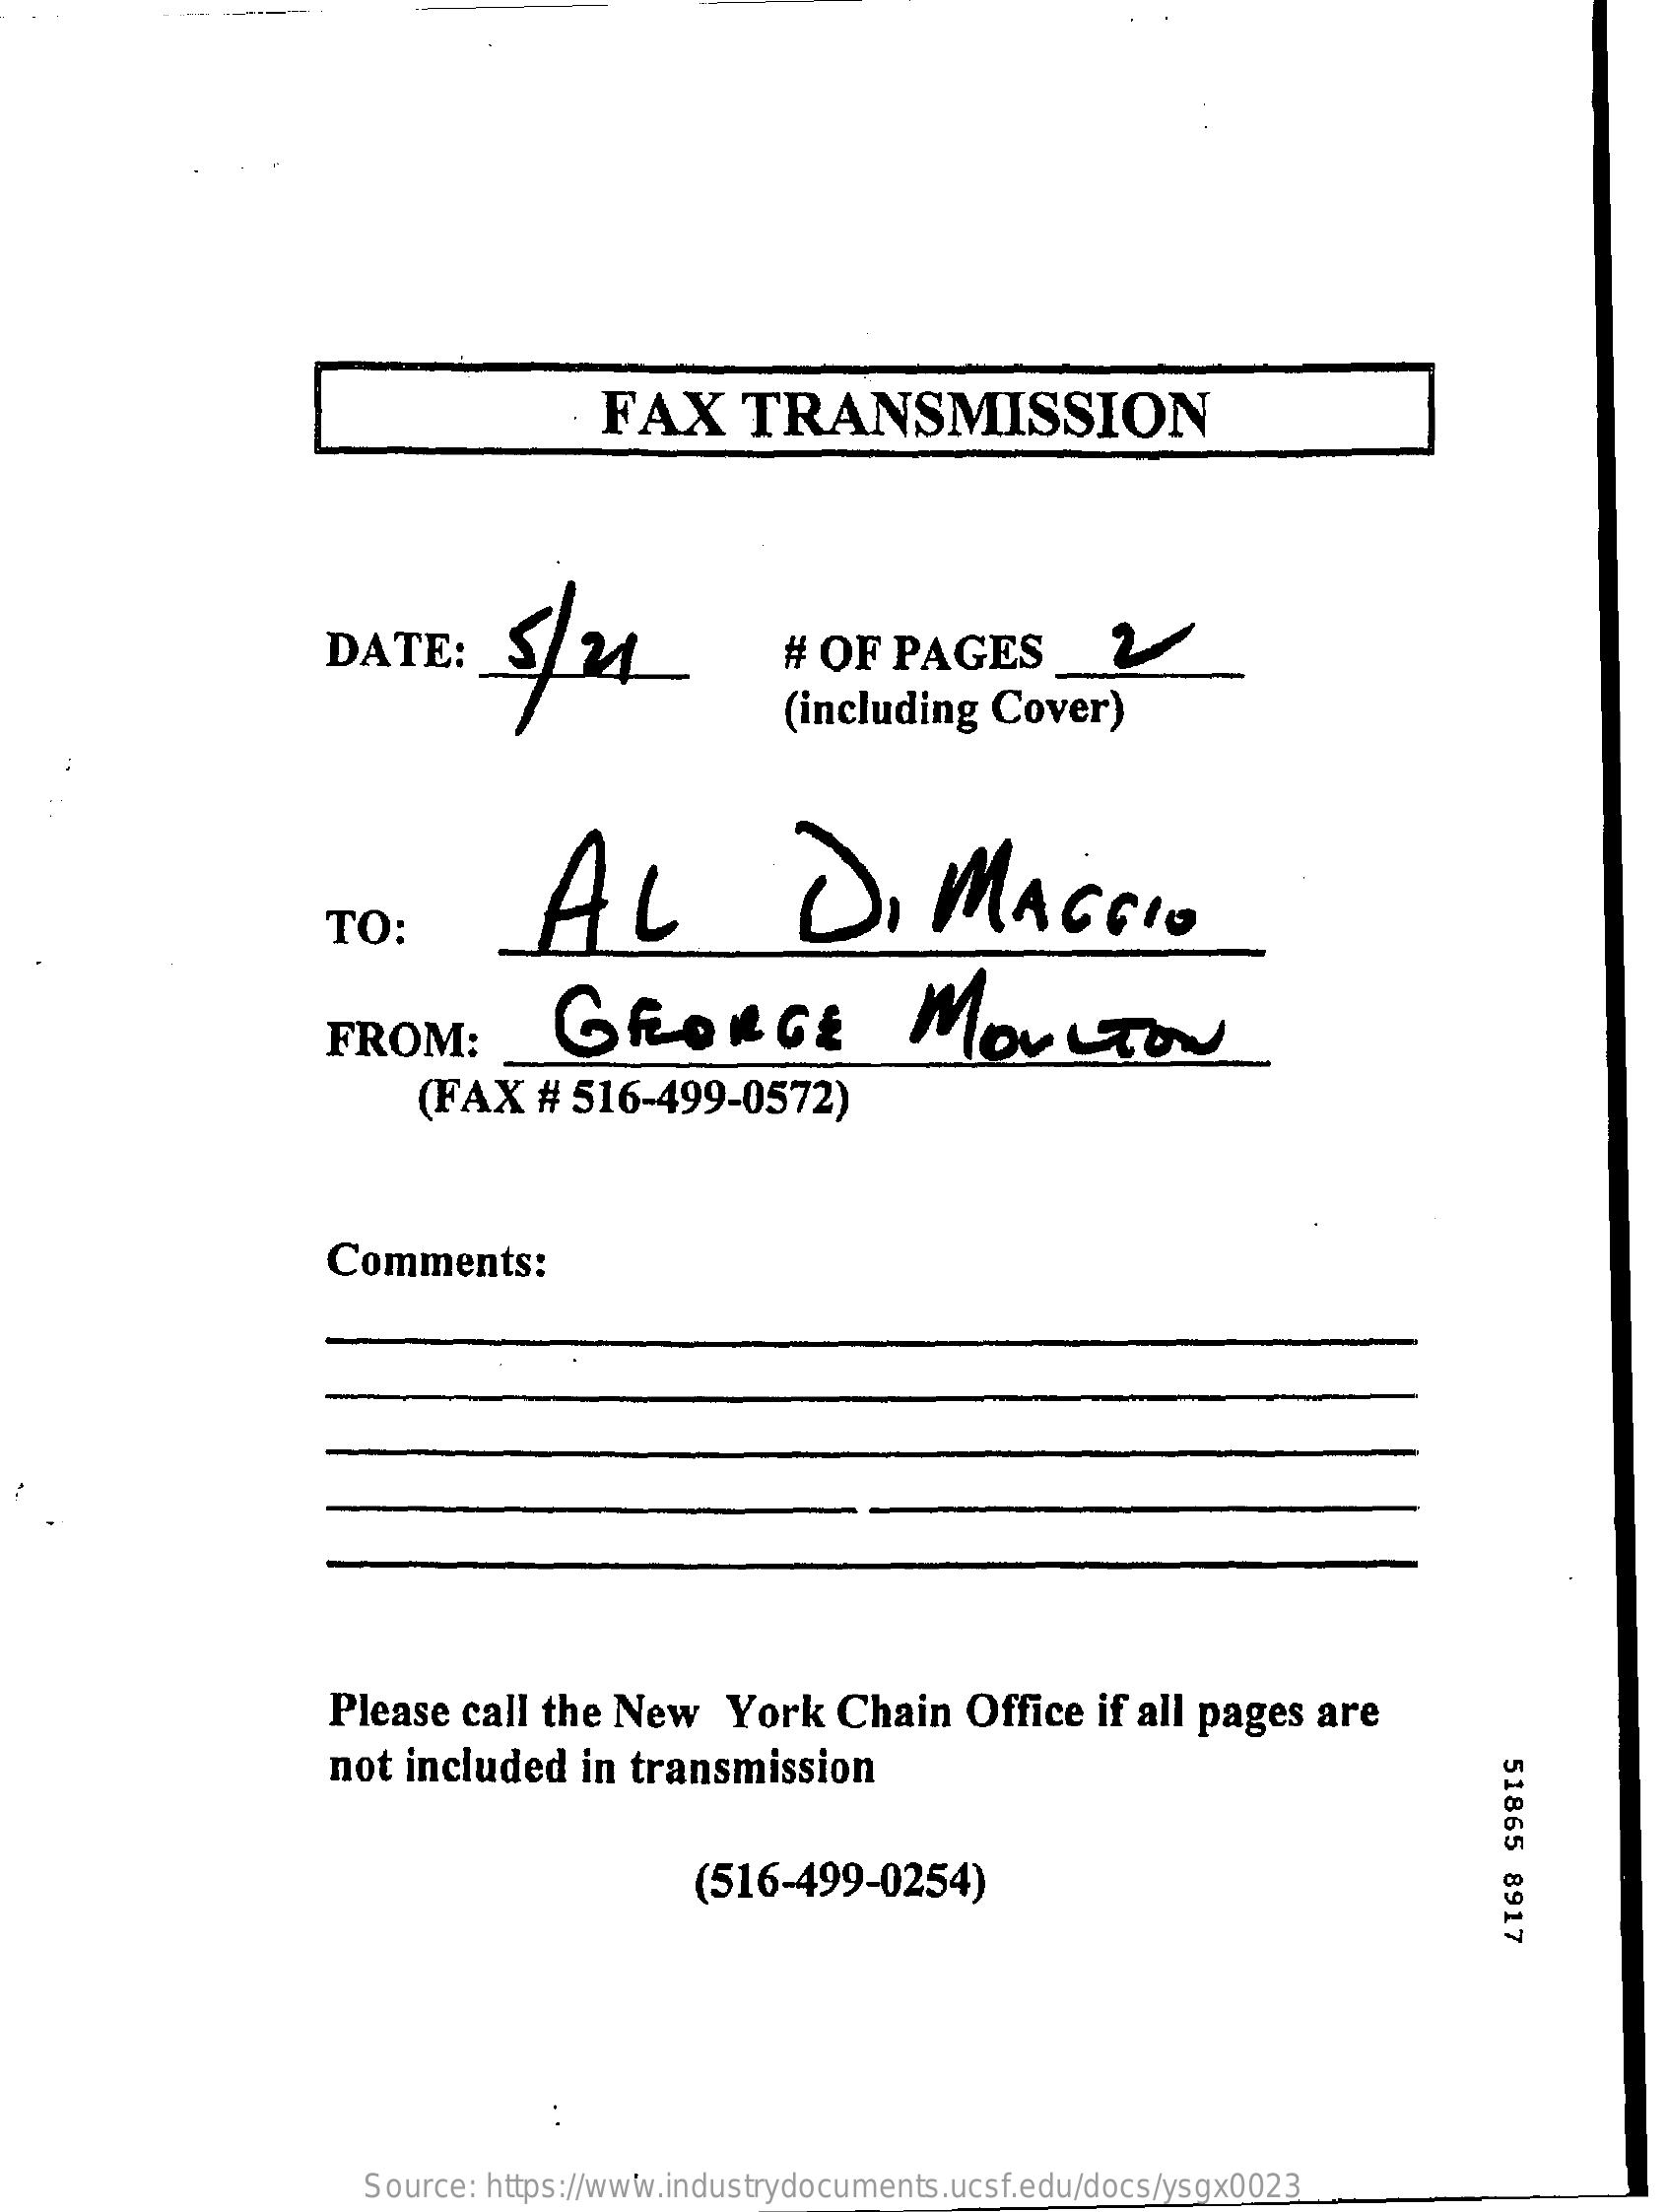
FAX    TRANSMISSION
     DATE:    # OF  PAGES    2
     (including  Cover)
     AL    DI    MAGGIO
     TO:
     GEORGE    MOULTON FROM:
     (FAX   # 516-499-0572)
     Comments:
     Please  call the New    York   Chain   Office  if all pages  are
     not included    in transmission
     51865
     8917 (516-499-0254)
     Source: https://www.industrydocuments.ucsf.edu/docs/ysgx0023